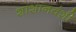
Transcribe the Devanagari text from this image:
शाशानवंशी